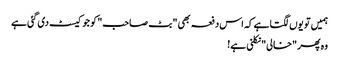
ہمیں تو یوں لگتا ہے کہ اس دفعہ بھی "بٹ صاحب" کو جو کیسٹ دی گئی ہے
وہ پھر "خالی" نکلنی ہے!